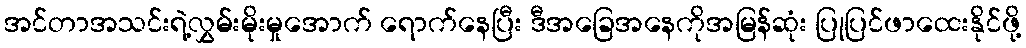
အင်တာအသင်းရဲ့လွှမ်းမိုးမှုအောက် ရောက်နေပြီး ဒီအခြေအနေကိုအမြန်ဆုံး ပြုပြင်ဖာထေးနိုင်ဖို့